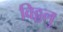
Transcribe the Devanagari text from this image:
विठ्ठलु